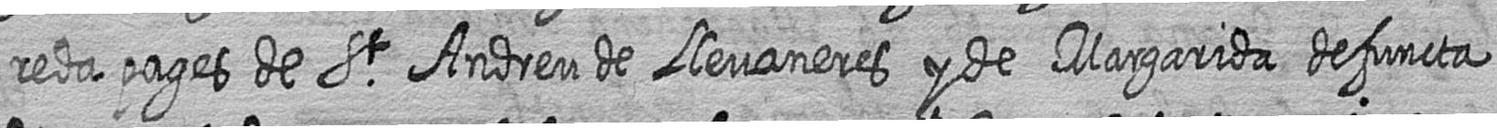
reda pages de St Andreu de Llevaneres y de Margarida defuncta